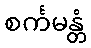
စင်္ကမန္တံ